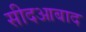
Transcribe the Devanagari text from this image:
सीदआबाद